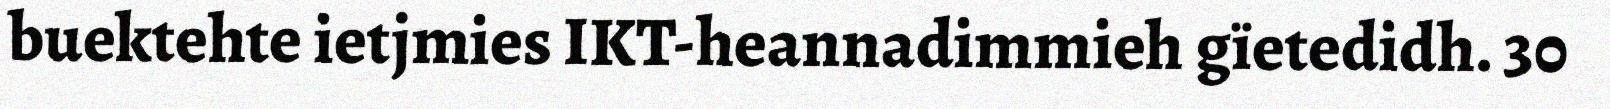
buektehte ietjmies IKT-heannadimmieh gïetedidh. 30